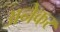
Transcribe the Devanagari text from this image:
अनेकर